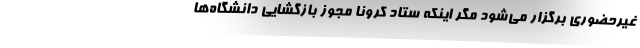
غیرحضوری برگزار می‌شود مگر اینکه ستاد کرونا مجوز بازگشایی دانشگاه‌ها